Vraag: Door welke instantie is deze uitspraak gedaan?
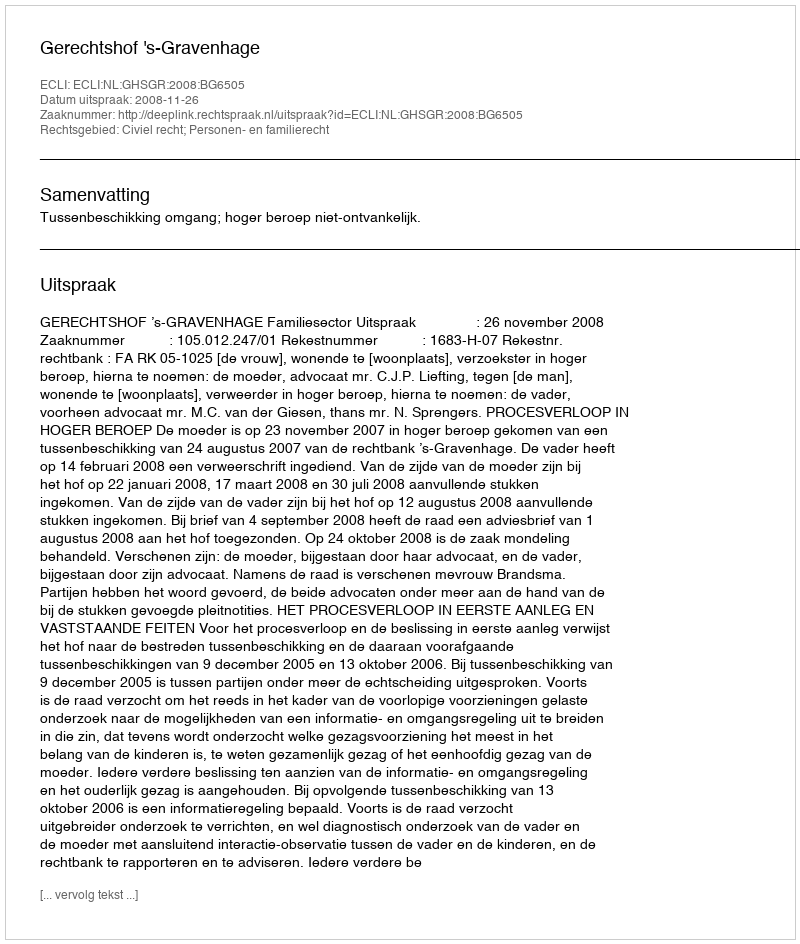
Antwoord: Gerechtshof 's-Gravenhage